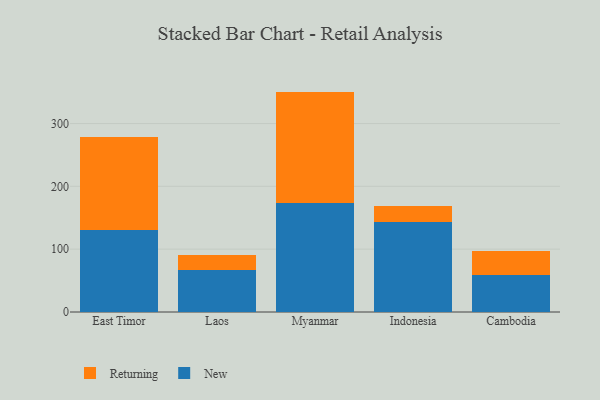
{"axis": {"x": "Country", "y": "Active Users"}, "legend": ["New", "Returning"], "data": [{"x": "East Timor", "y": 130.7, "type": "New"}, {"x": "East Timor", "y": 147.3, "type": "Returning"}, {"x": "Laos", "y": 66.6, "type": "New"}, {"x": "Laos", "y": 23.6, "type": "Returning"}, {"x": "Myanmar", "y": 174.2, "type": "New"}, {"x": "Myanmar", "y": 176.6, "type": "Returning"}, {"x": "Indonesia", "y": 142.5, "type": "New"}, {"x": "Indonesia", "y": 26.0, "type": "Returning"}, {"x": "Cambodia", "y": 58.8, "type": "New"}, {"x": "Cambodia", "y": 39.0, "type": "Returning"}]}